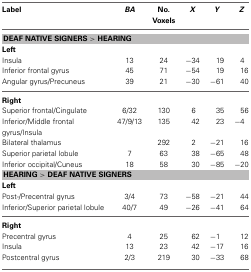
| Label | BA | No. Voxels | X | Y | Z |
 | --- | --- | --- | --- | --- | --- |
 | <COLSPAN=6> DEAF NATIVE SIGNERS > HEARING |
 | <COLSPAN=6> Left |
 | Insula | 13 | 24 | −34 | 19 | 4 |
 | Inferior frontal gyrus | 45 | 71 | −54 | 19 | 16 |
 | Angular gyrus/Precuneus | 39 | 21 | −30 | −61 | 40 |
 | <COLSPAN=6> Right |
 | Superior frontal/Cingulate | 6/32 | 130 | 6 | 35 | 56 |
 | Inferior/Middle frontal gyrus/Insula | 47/9/13 | 135 | 42 | 23 | −4 |
 | Bilateral thalamus |  | 292 | 2 | −21 | 16 |
 | Superior parietal lobule | 7 | 63 | 38 | −65 | 48 |
 | Inferior occipital/Cuneus | 18 | 58 | 30 | −85 | −20 |
 | <COLSPAN=6> HEARING > DEAF NATIVE SIGNERS |
 | <COLSPAN=6> Left |
 | Post-/Precentral gyrus | 3/4 | 73 | −58 | −21 | 44 |
 | Inferior/Superior parietal lobule | 40/7 | 49 | −26 | −41 | 64 |
 | <COLSPAN=6> Right |
 | Precentral gyrus | 4 | 25 | 62 | −1 | 12 |
 | Insula | 13 | 23 | 42 | −17 | 16 |
 | Postcentral gyrus | 2/3 | 219 | 30 | −33 | 68 |